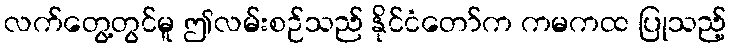
လက်တွေ့တွင်မူ ဤလမ်းစဉ်သည် နိုင်ငံတော်က ကမကထ ပြုသည့်